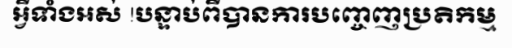
អ្វីទាំងអស់ !បន្ទាប់ពីបានការបញ្ចេញប្រតិកម្ម